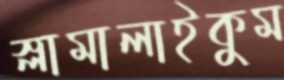
স্লামালাইকুম